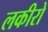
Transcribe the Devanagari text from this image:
लकीरो